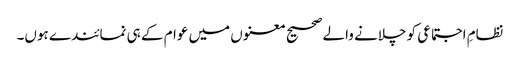
نظامِ اجتماعی کو چلانے والے صحیح معنوں میں عوام کے ہی نمائندے ہوں۔